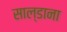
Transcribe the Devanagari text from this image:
साल्डाना